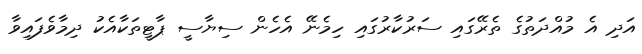
އަދި އެ މުއްދަތުގެ ތެރޭގައި ސަރުކާރުގައި ހިމެނޭ އެހެން ސިޔާސީ ޕާޓީތަކާއެކު ދިމާވެފައިވާ